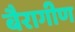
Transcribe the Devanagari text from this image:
बैरागीण